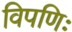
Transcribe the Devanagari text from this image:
विपणिः